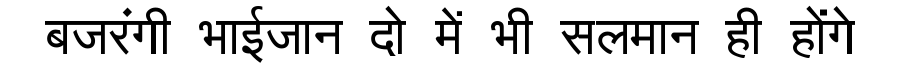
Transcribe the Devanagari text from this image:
बजरंगी भाईजान दो में भी सलमान ही होंगे